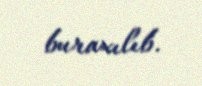
buraxılıb.